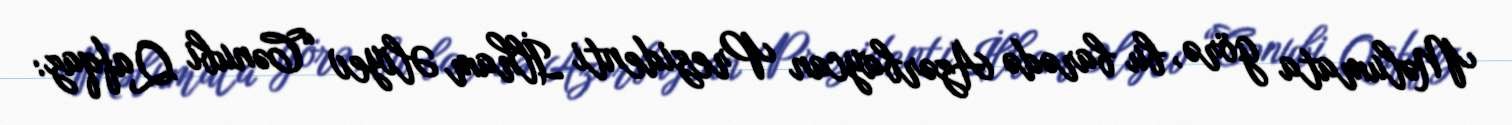
Məlumata görə, bu barədə Azərbaycan Prezidenti İlham Əliyev “Cənubi Qafqaz: